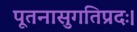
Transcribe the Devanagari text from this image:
पूतनासुगतिप्रदः।